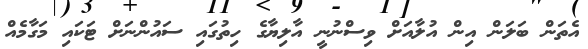
އެތަން ބަލަން އިން އުލާއަށް ވިސްނުނީ އާލިޔާގެ ހިތުގައި ސައުންނަށް ޓަކައި މަގާމެއް